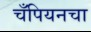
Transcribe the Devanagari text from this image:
चँपियनचा